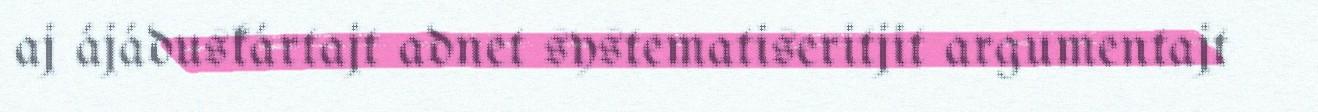
aj ájáduskártajt adnet systematiseritjit argumentajt